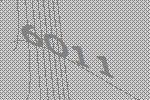
6011